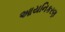
આયનિકરણ